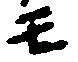
モ